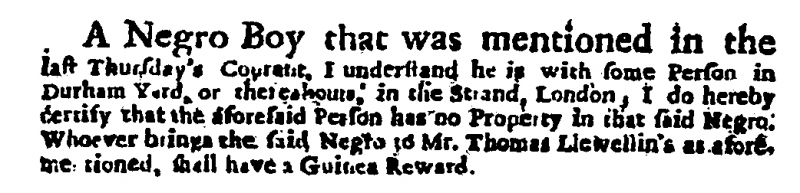
Daily Courant, 30 June 1719 (England)
A Negro Boy that was mentioned in the last Thursday's Courant, I understand he is with some Person in Durham Yard, or thereabouts, in the Strand, London, I do hereby certify that the aforesaid Person has no Property in that said Negro. Whoever bring the said Negro to Mr. Thomas Llewellin's as aforementioned, shall have a Guinea Reward.